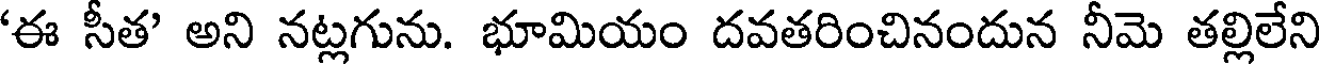
'ఈ సీత' అని నట్లగును. భూమియం దవతరించినందున నీమె తల్లిలేని